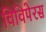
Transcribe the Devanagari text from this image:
विविपेरस